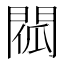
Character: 𨴧